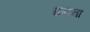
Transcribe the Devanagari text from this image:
घनना